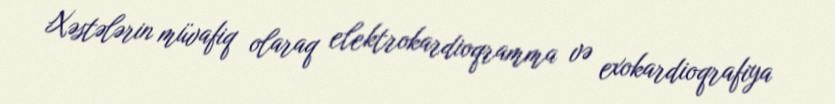
Xəstələrin müvafiq olaraq elektrokardioqramma və exokardioqrafiya